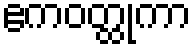
ဧကဝတ္ထုကာ